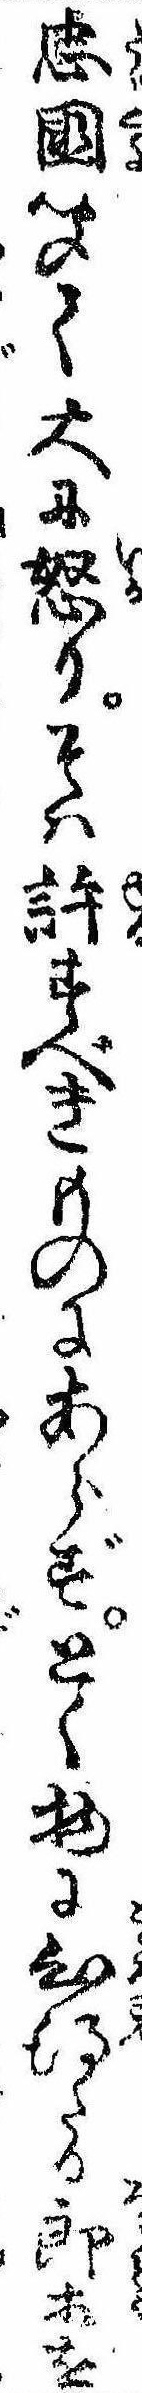
忠国聞て大に怒りそは許すべきものにあらずとく物に心得たる郎等を